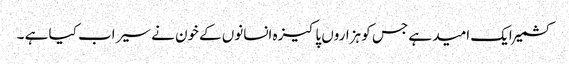
کشمیر ایک امید ہے جس کو ہزاروں پاکیزہ انسانوں کےخون نے سیراب کیا ہے ۔